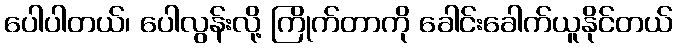
ပေါပါတယ်၊ ပေါလွန်းလို့ ကြိုက်တာကို ခေါင်းခေါက်ယူနိုင်တယ်